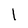
Character: l